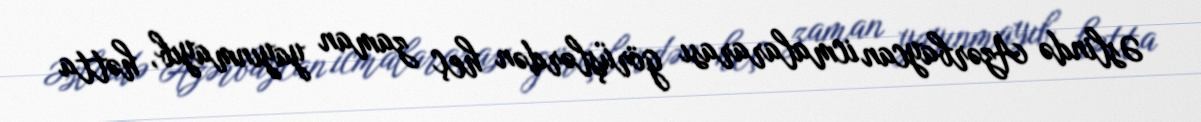
Əslində Azərbaycan icmalararası görüşlərdən heç zaman yayınmayıb, hətta